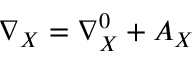
\nabla _ { X } = \nabla _ { X } ^ { 0 } + A _ { X }